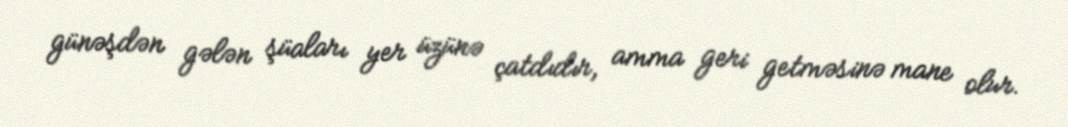
günəşdən gələn şüaları yer üzünə çatdıdır, amma geri getməsinə mane olur.